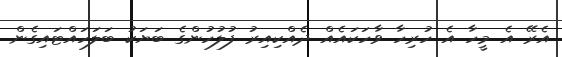
އެރޭ އެ މީހާ އެ ހުރިހާ ވާހަކައެއް ދެއްކިއިރު ފުލުހުންގެ ބަޔަކު ބަލަހައްޓައިގެން